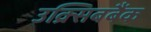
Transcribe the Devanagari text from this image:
उक्र्सिबबैंक